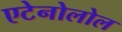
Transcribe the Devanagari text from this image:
एटेनोलोल